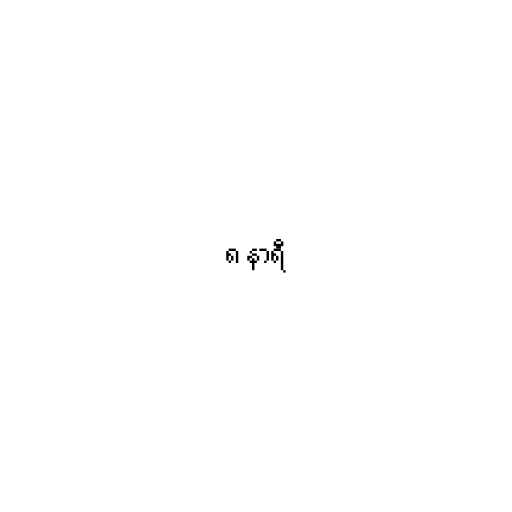
၈ နာရီ